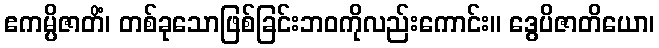
ဧကမ္ပိဇာတိံ၊ တစ်ခုသောဖြစ်ခြင်းဘဝကိုလည်းကောင်း။ ဒွေပိဇာတိယော၊